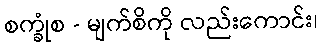
စက္ခုံစ - မျက်စိကို လည်းကောင်း၊